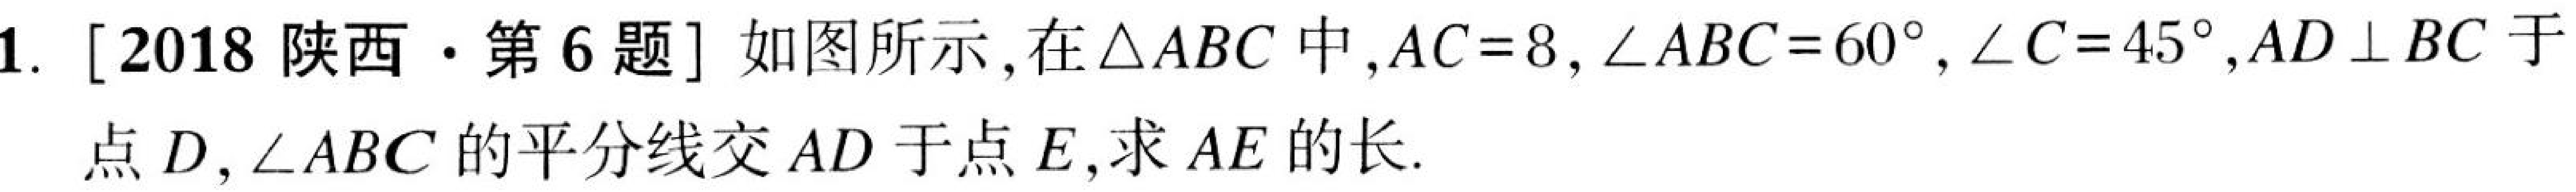
1. [2018陕西·第6题] 如图所示，在$\triangle ABC$中，$AC = 8$，$\angle ABC = 60^{\circ}$，$\angle C = 45^{\circ}$，$AD\perp BC$于
点$D$，$\angle ABC$的平分线交$AD$于点$E$，求$AE$的长.